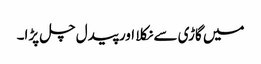
میں گاڑی سے نکلا اور پیدل چل پڑا۔